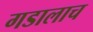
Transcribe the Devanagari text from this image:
गडालाच